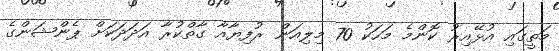
މަތީގައި އުޅޭއިރު ކޮންމެ މަހަކު 70 މިލިއަން ރުފިޔާއާ ގާތްކުރާ އަދަދަކަށް ޕެންޝަންގެ